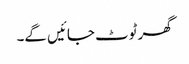
گھر ٹوٹ جائیں گے۔